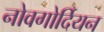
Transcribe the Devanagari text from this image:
नोवगोर्दियन